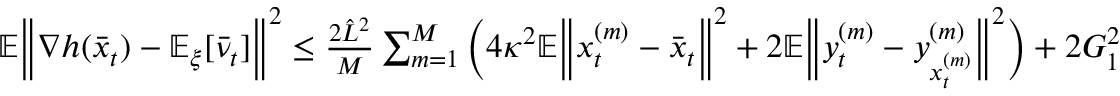
\begin{array} { r } { \mathbb { E } \bigg \| \nabla h ( \bar { x } _ { t } ) - \mathbb { E } _ { \xi } [ \bar { \nu } _ { t } ] \bigg \| ^ { 2 } \leq \frac { 2 \hat { L } ^ { 2 } } { M } \sum _ { m = 1 } ^ { M } \bigg ( 4 \kappa ^ { 2 } \mathbb { E } \bigg \| x _ { t } ^ { ( m ) } - \bar { x } _ { t } \bigg \| ^ { 2 } + 2 \mathbb { E } \bigg \| y _ { t } ^ { ( m ) } - y _ { x _ { t } ^ { ( m ) } } ^ { ( m ) } \bigg \| ^ { 2 } \bigg ) + 2 G _ { 1 } ^ { 2 } } \end{array}